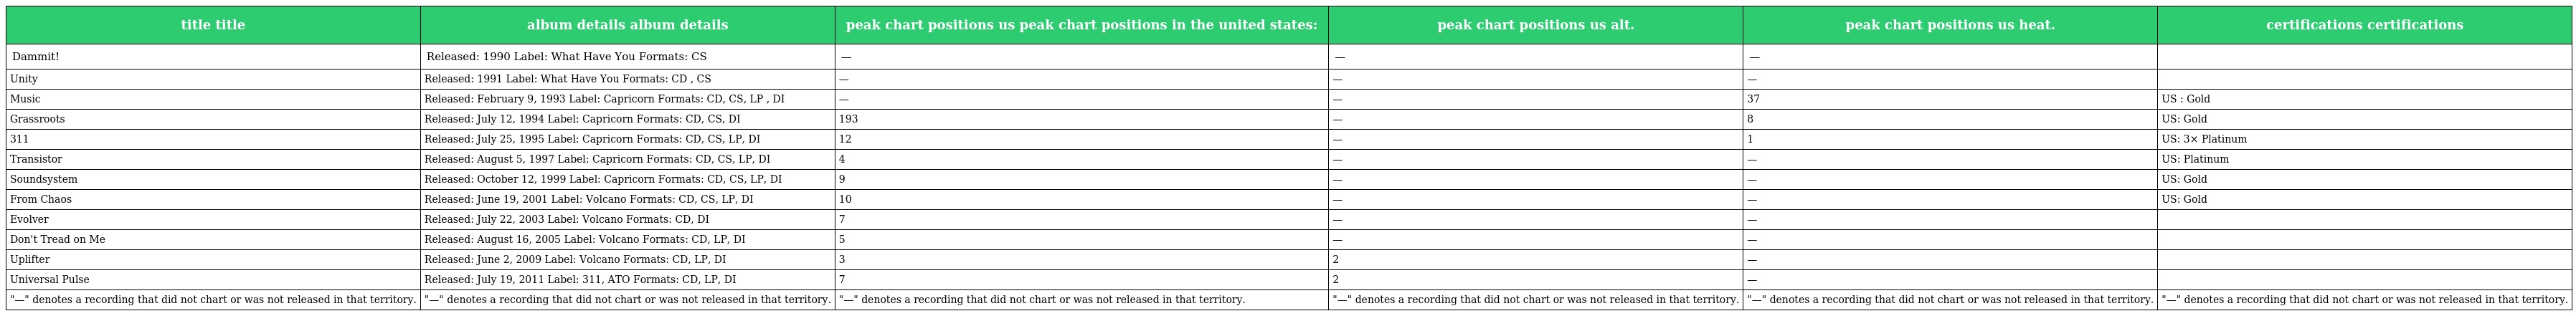
| title title | album details album details | peak chart positions us peak chart positions in the united states: | peak chart positions us alt. | peak chart positions us heat. | certifications certifications |
 | --- | --- | --- | --- | --- | --- |
 | Dammit! | Released: 1990 Label: What Have You Formats: CS | — | — | — |  |
 | Unity | Released: 1991 Label: What Have You Formats: CD , CS | — | — | — |  |
 | Music | Released: February 9, 1993 Label: Capricorn Formats: CD, CS, LP , DI | — | — | 37 | US : Gold |
 | Grassroots | Released: July 12, 1994 Label: Capricorn Formats: CD, CS, DI | 193 | — | 8 | US: Gold |
 | 311 | Released: July 25, 1995 Label: Capricorn Formats: CD, CS, LP, DI | 12 | — | 1 | US: 3× Platinum |
 | Transistor | Released: August 5, 1997 Label: Capricorn Formats: CD, CS, LP, DI | 4 | — | — | US: Platinum |
 | Soundsystem | Released: October 12, 1999 Label: Capricorn Formats: CD, CS, LP, DI | 9 | — | — | US: Gold |
 | From Chaos | Released: June 19, 2001 Label: Volcano Formats: CD, CS, LP, DI | 10 | — | — | US: Gold |
 | Evolver | Released: July 22, 2003 Label: Volcano Formats: CD, DI | 7 | — | — |  |
 | Don't Tread on Me | Released: August 16, 2005 Label: Volcano Formats: CD, LP, DI | 5 | — | — |  |
 | Uplifter | Released: June 2, 2009 Label: Volcano Formats: CD, LP, DI | 3 | 2 | — |  |
 | Universal Pulse | Released: July 19, 2011 Label: 311, ATO Formats: CD, LP, DI | 7 | 2 | — |  |
 | "—" denotes a recording that did not chart or was not released in that territory. | "—" denotes a recording that did not chart or was not released in that territory. | "—" denotes a recording that did not chart or was not released in that territory. | "—" denotes a recording that did not chart or was not released in that territory. | "—" denotes a recording that did not chart or was not released in that territory. | "—" denotes a recording that did not chart or was not released in that territory. |